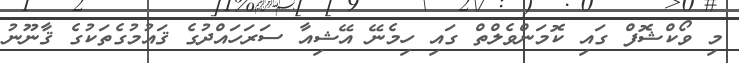
މި ވޯކްޝޮފް ގައި ކޮމަންވެލްތް ގައި ހިމެނޭ އޭޝިއާ ސަރަހައްދުގެ ޤައުމުގެތަކުގެ ޤާނޫނު